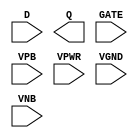
module sky130_fd_sc_lp__dlxtp (
    //# {{data|Data Signals}}
    input  D   ,
    output Q   ,

    //# {{clocks|Clocking}}
    input  GATE,

    //# {{power|Power}}
    input  VPB ,
    input  VPWR,
    input  VGND,
    input  VNB
);
endmodule